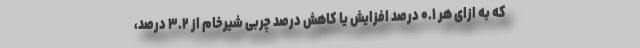
که به ازای هر ۰.۱ درصد افزایش یا کاهش درصد چربی شیرخام از ۳.۲ درصد،